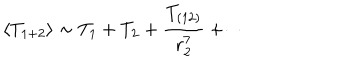
LaTeX: \langle T _ { 1 + 2 } \rangle \sim T _ { 1 } + T _ { 2 } + \frac { T _ { ( 1 2 ) } } { r _ { 2 } ^ { 7 } } + \cdots